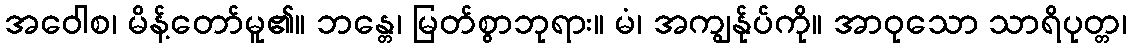
အဝေါစ၊ မိန့်တော်မူ၏။ ဘန္တေ၊ မြတ်စွာဘုရား။ မံ၊ အကျွန်ုပ်ကို။ အာဝုသော သာရိပုတ္တ၊